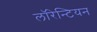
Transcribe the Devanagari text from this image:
लाॅरेन्टियन